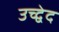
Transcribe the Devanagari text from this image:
उच्द्वेद